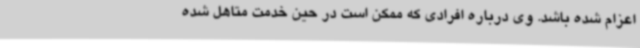
اعزام شده باشد. وی درباره افرادی که ممکن است در حین خدمت متاهل شده